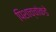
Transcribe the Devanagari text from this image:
पिशाच्चांकडे